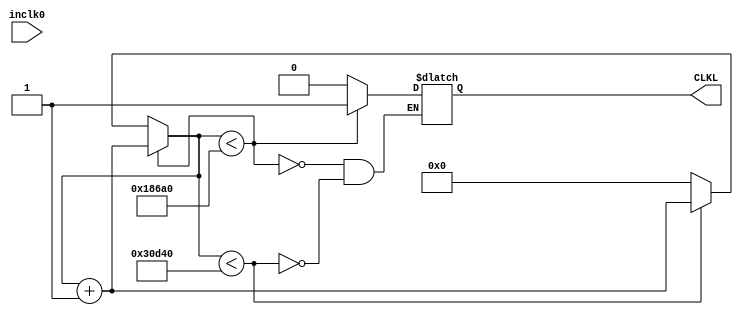
/**/
module fre(inclk0,CLKL);		//fre
input inclk0;
output reg CLKL;
reg [19:0]cnt;

always@(inclk0)
begin
	if(cnt<100000)
	begin
		CLKL<=1'd1;
		cnt<=cnt+1'd1;
	end
	else if(cnt<200000)
	begin
		CLKL<=1'd0;
		cnt<=cnt+1;
	end
	else
		cnt<=0;
end
endmodule